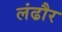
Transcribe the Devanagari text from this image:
लंढौर